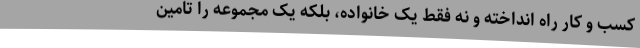
کسب و کار راه انداخته و نه فقط یک خانواده، بلکه یک مجموعه را تامین